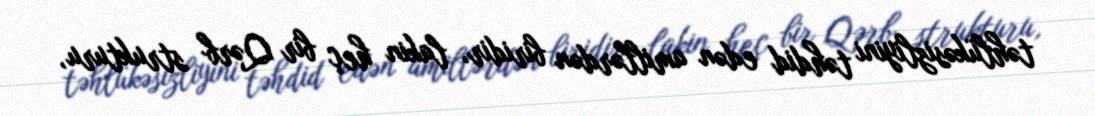
təhlükəsizliyini təhdid edən amillərdən biridir, lakin heç bir Qərb strukturu,